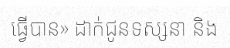
ធ្វើបាន» ដាក់ជូនទស្សនា និង